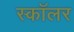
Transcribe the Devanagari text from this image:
स्‍कॉलर